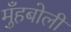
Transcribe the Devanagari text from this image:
मुँहबोली